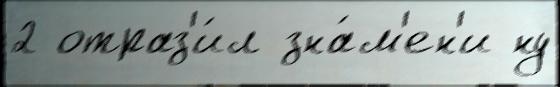
2 отраз'и́л зна́м'ен'и ну